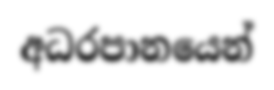
අධරපානයෙන්